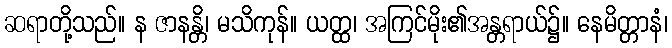
ဆရာတို့သည်။ န ဇာနန္တိ၊ မသိကုန်။ ယတ္ထ၊ အကြင်မိုး၏အန္တရာယ်၌။ နေမိတ္တာနံ၊